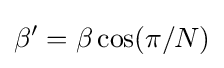
\beta ^{\prime }=\beta \cos(\pi /N)